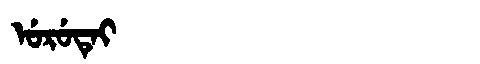
Manchu: ᡠᡵᡠᡨᡝᡳ
Romanization: URUTEI